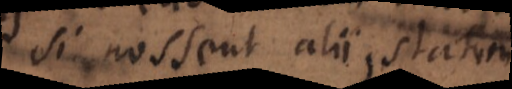
si nossent alii, statim